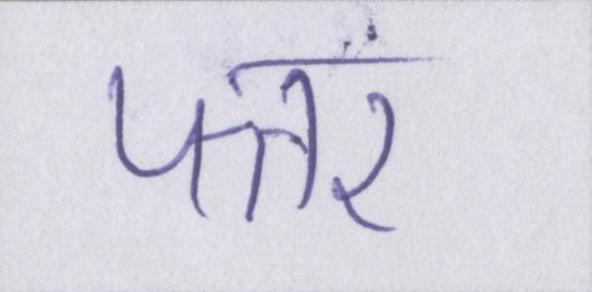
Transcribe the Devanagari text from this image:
पत्तर